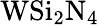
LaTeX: \mathrm{WSi_{2}N_{4}}